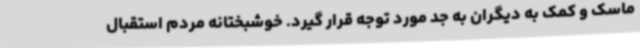
ماسک و کمک به دیگران به جد مورد توجه قرار گیرد. خوشبختانه مردم استقبال